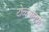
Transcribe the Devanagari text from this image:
टोळ्यांतर्फे